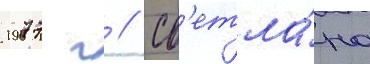
1977 г // Св'етла́на